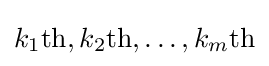
k_{1}{\text{th}},k_{2}{\text{th}},\ldots ,k_{m}{\text{th}}